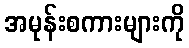
အမုန်းစကားများကို